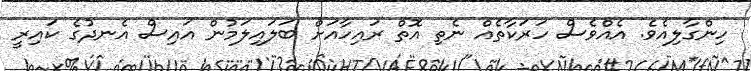
ހިންގާލިއެވެ. އެއްވެސް ހަރަކާތެއް ނެތި އޮތް ރައިހާއަށް ބަލައިލަމުން އައިސް އެނދުގެ ކައިރީ